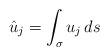
LaTeX: \begin{align*} \hat{u}_j = \int_{\sigma} u_j \,ds \end{align*}